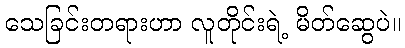
သေခြင်းတရားဟာ လူတိုင်းရဲ့ မိတ်ဆွေပဲ။